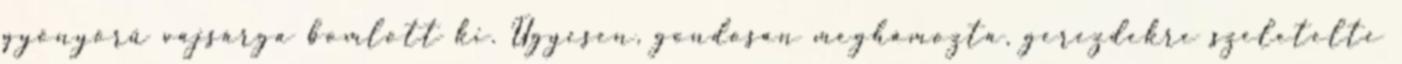
gyönyörű vajsárga bomlott ki. Ügyesen, gondosan meghámozta, gerezdekre szeletelte